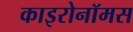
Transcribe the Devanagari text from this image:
काइरोनॉमस